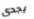
يجدى